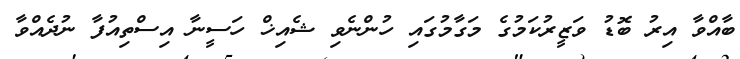
ބާއްވާ އިރު ބޮޑު ވަޒީރުކަމުގެ މަގާމުގައި ހުންނެވި ޝެއިޚް ހަސީނާ އިސްތިއުފާ ނުދެއްވާ